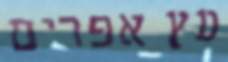
עץ אפרים